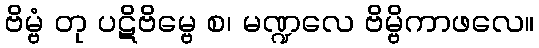
ဗိမ္ဗံ တု ပဋိဗိမ္ဗေ စ၊ မဏ္ဍလေ ဗိမ္ဗိကာဖလေ။